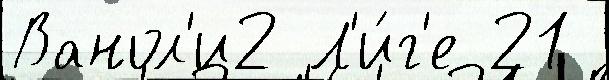
Ванол'и2 Л'и́г'е 21